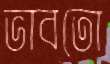
ভাবতো